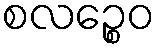
စလဉ္စေဝ